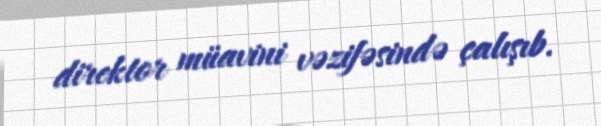
direktor müavini vəzifəsində çalışıb.